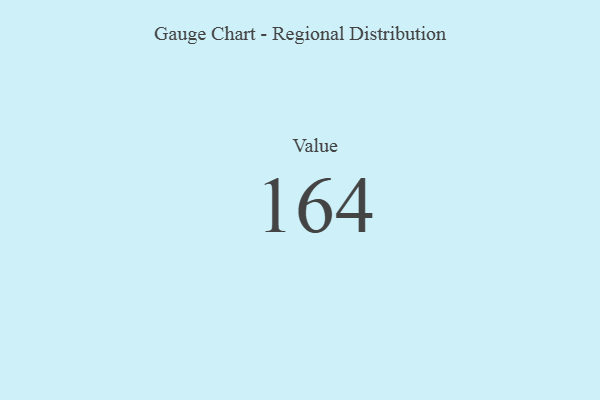
{"axis": {"x": "Metric", "y": "Value"}, "legend": [""], "data": [{"x": "Value", "y": 164, "type": ""}]}